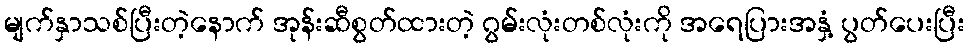
မျက်နှာသစ်ပြီးတဲ့နောက် အုန်းဆီစွတ်ထားတဲ့ ဂွမ်းလုံးတစ်လုံးကို အရေပြားအနှံ့ ပွတ်ပေးပြီး